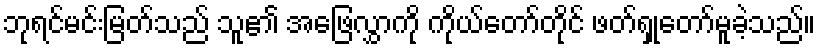
ဘုရင်မင်းမြတ်သည် သူ၏ အဖြေလွှာကို ကိုယ်တော်တိုင် ဖတ်ရှုတော်မူခဲ့သည်။